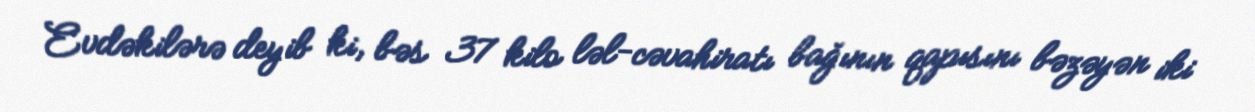
Evdəkilərə deyib ki, bəs 37 kilo ləl-cəvahiratı bağının qapısını bəzəyən iki